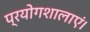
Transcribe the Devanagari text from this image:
प्रयोगशालाएं।